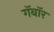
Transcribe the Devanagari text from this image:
गॅबॉर